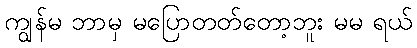
ကျွန်မ ဘာမှ မပြောတတ်တော့ဘူး မမ ရယ်